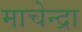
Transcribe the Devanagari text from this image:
माचेन्द्रा